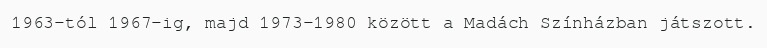
1963-tól 1967-ig, majd 1973–1980 között a Madách Színházban játszott.